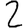
Digit: 2